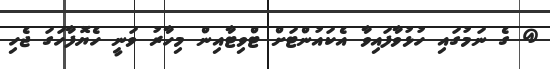
@ ގެ ނަމުގައި ހުޅުވާފައިވާ އެކައުންޓަށް ޓްވިޓާއިން މިހާރު ވަނީ ހެޔޮފާހަގަ ޖެހި